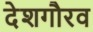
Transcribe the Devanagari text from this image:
देशगौरव